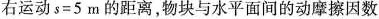
右运动$$s = 5 m$$的距离，物块与水平面间的动摩擦因数